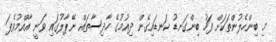
މި ބިންހެލުންތަކަށް ފަހު ބިންގަނޑު ކަނޑައިގެން ދިއުމުގެ ހާދިސާތައް ނޭޕާލުގައި ވަނީ އާއްމުވެފަ